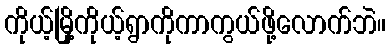
ကိုယ့်မြို့ကိုယ့်ရွာကိုကာကွယ်ဖို့လောက်ဘဲ။